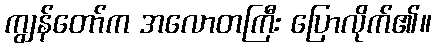
ကျွန်တော်က အလောတကြီး ပြောလိုက်၏။